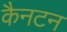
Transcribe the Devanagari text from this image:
कैनटन